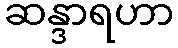
ဆန္ဒာရဟာ